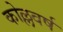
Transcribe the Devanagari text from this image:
कोल्लवर्ष